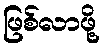
ဖြစ်လာဖို့